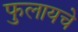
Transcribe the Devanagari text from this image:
फुलायचे